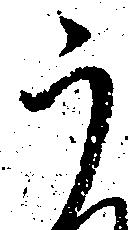
う